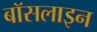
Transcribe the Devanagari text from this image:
बॉसलाइन